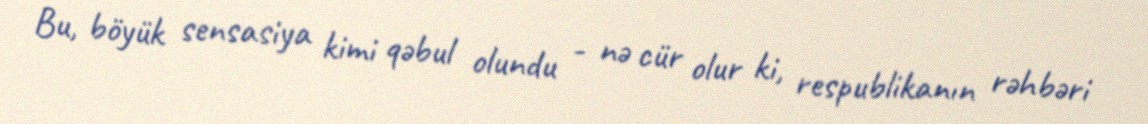
Bu, böyük sensasiya kimi qəbul olundu - nə cür olur ki, respublikanın rəhbəri